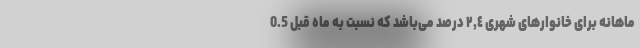
ماهانه برای خانوارهای شهری ٢,٤ درصد می‌باشد که نسبت به ماه قبل 0.5